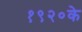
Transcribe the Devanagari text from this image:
१९२०के